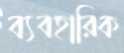
ব্যবহারিক